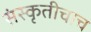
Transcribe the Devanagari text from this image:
संस्कृतीचाच